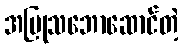
အပြုသဘောဆောင်တဲ့